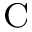
^ \mathrm { C }